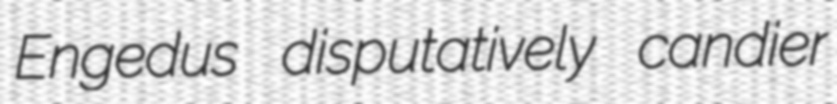
Engedus disputatively candier